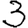
Digit: 3